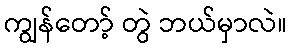
ကျွန်တော့် တွဲ ဘယ်မှာလဲ။